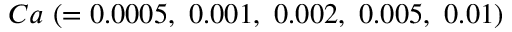
C a ~ ( = 0 . 0 0 0 5 , ~ 0 . 0 0 1 , ~ 0 . 0 0 2 , ~ 0 . 0 0 5 , ~ 0 . 0 1 )